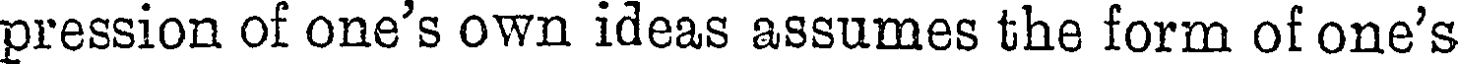
pression of one's own ideas assumes the form of one's